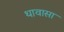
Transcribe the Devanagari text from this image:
थावासा